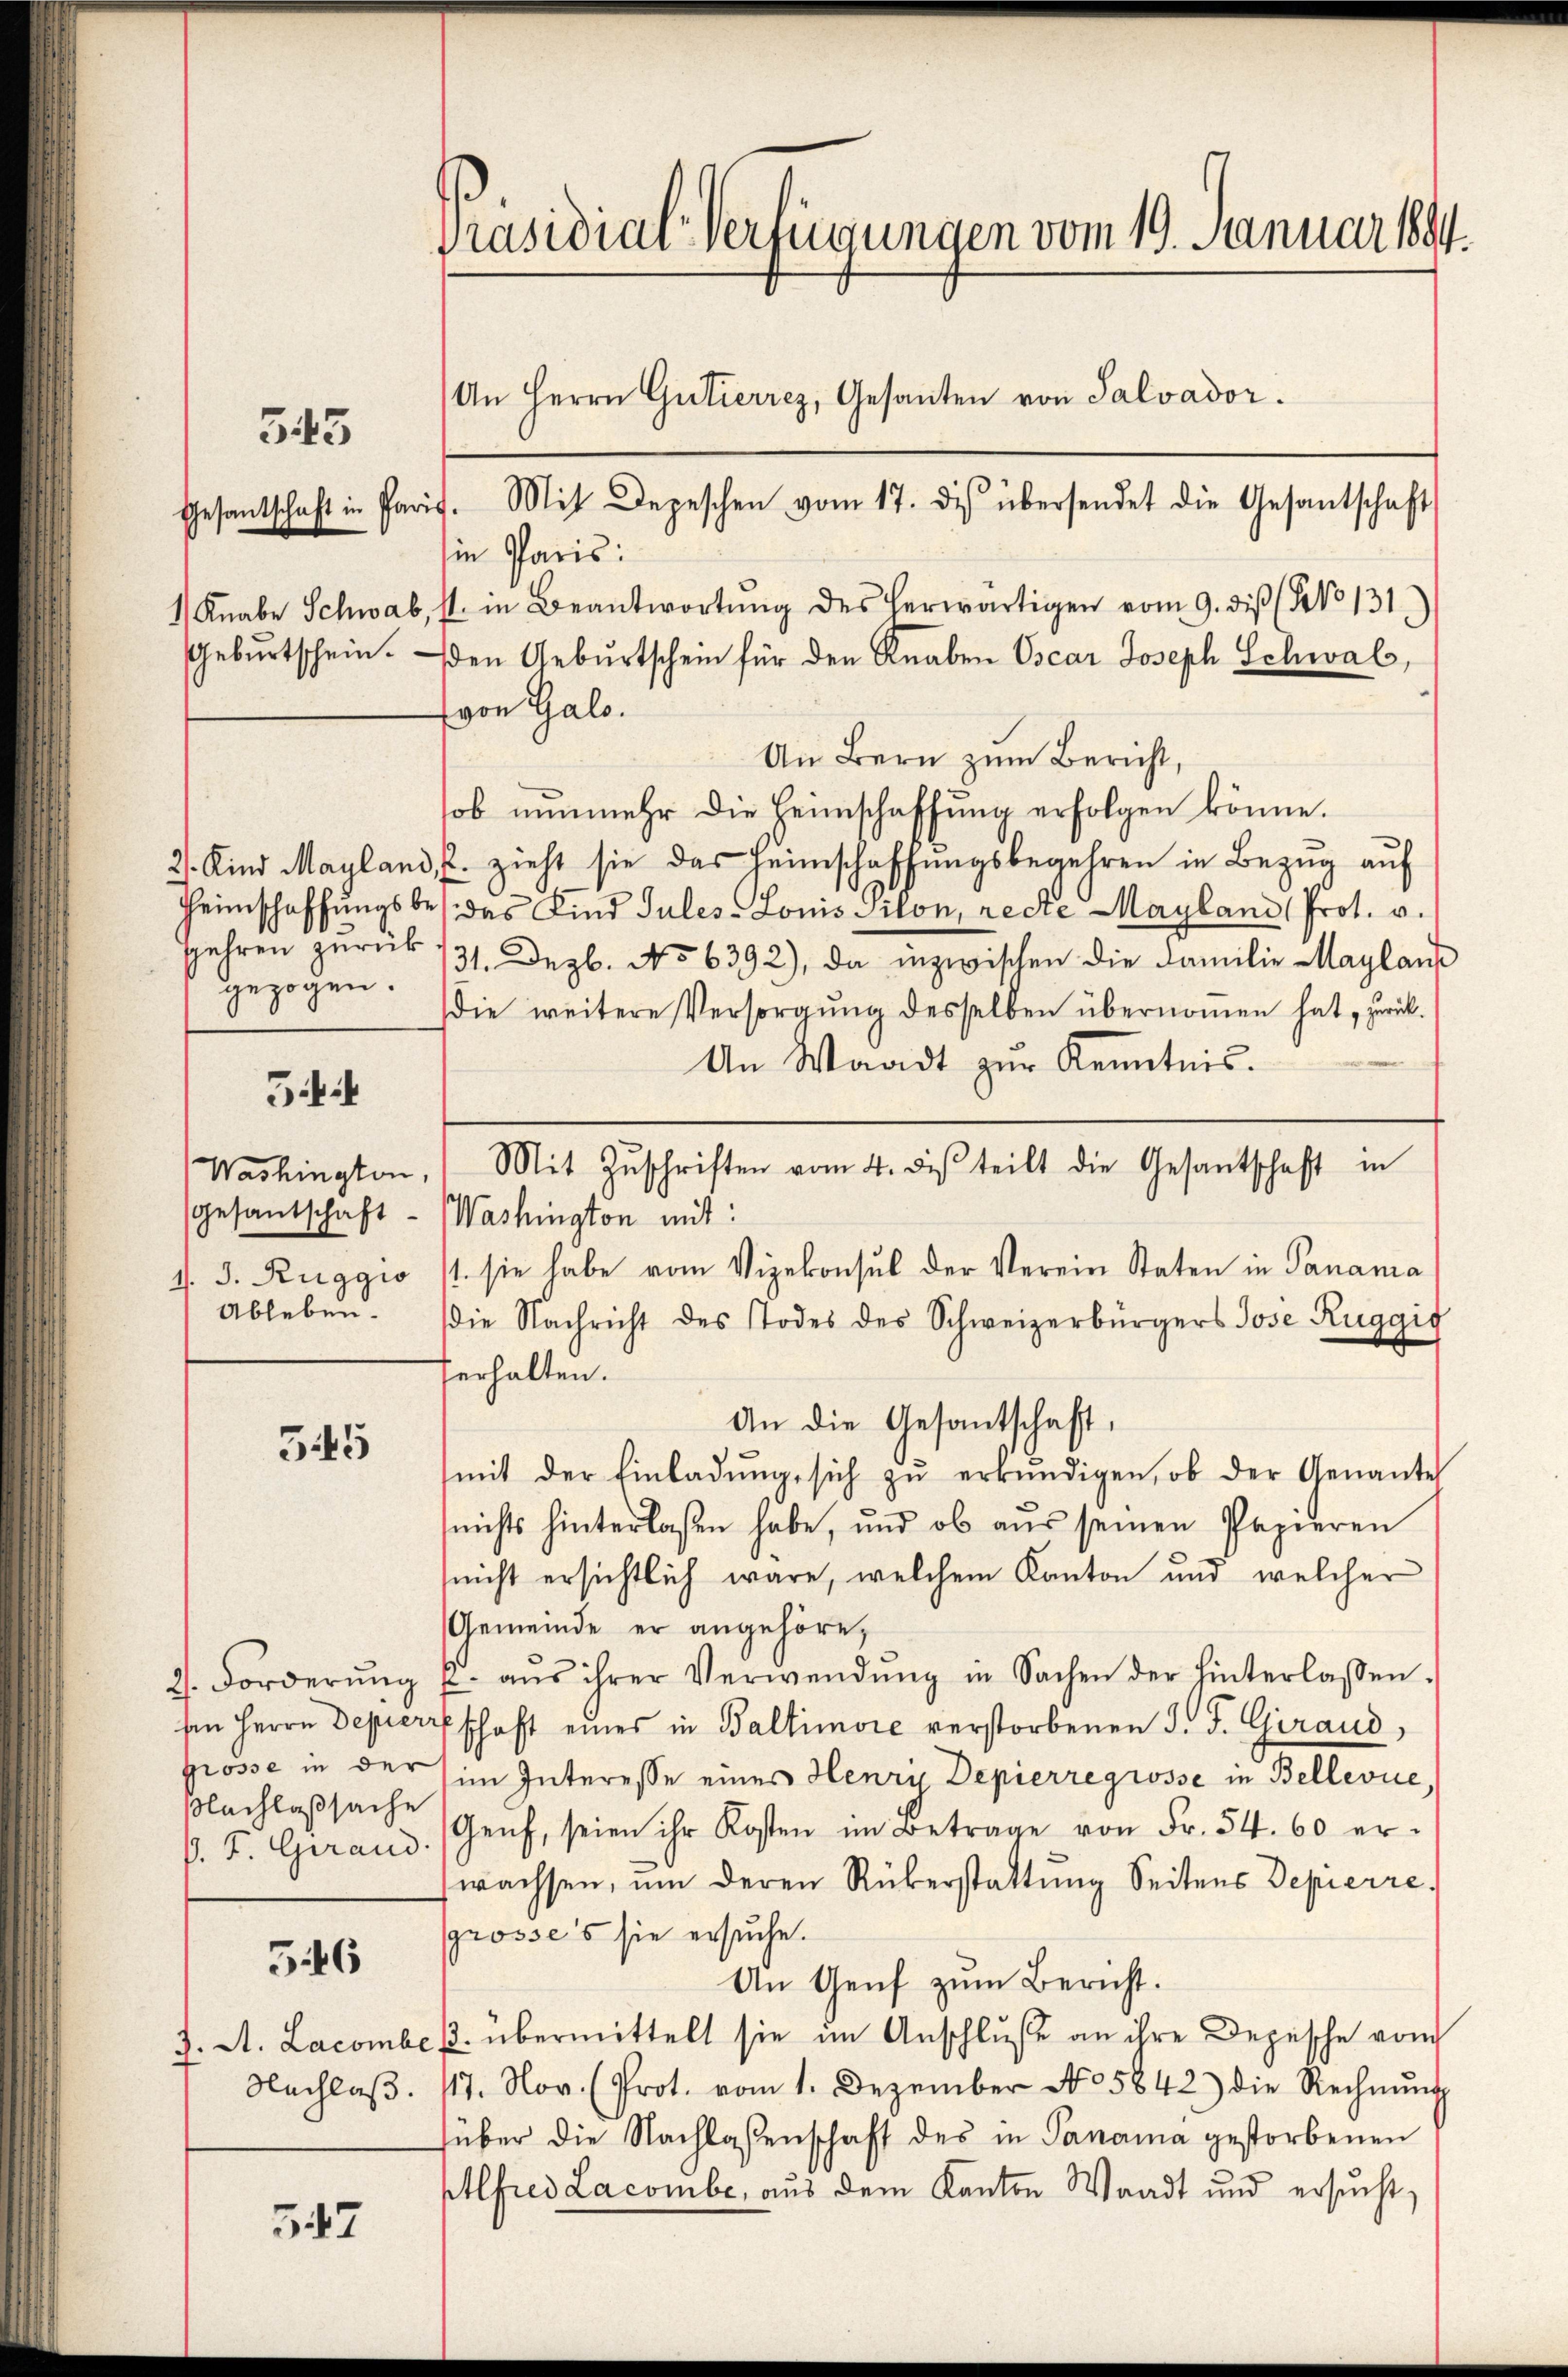
543

gezogen.

34

Ableben.

345

Nachlaßsache

546

547

in Paris:
1 Knabe Schwab, s. in Beantwortŭng des herwärtigen vom 9. die (No 131.)
Gebŭrtschein. den Gebŭrtschein für den Knaben Oscar Joseph Schwab,
von Galo.
An Bern zum Bericht,
sob nunmehr die Heimschaffung erfolgen könne.
2. Kind Mayland, u. zieht sie das Heimschaffŭngsbegehren in Bezug auf
Heimschaffŭngsbes. das Kind Sules-Lonis siton, recte Mayland Prot. v.
Jahren zurük 131. Dezb. No 6392), da inzwischen die Familie Maylans
die weitere Versorgung desselben übernommen hat, zurück¬
An Waadt zur Kenntnis.
Washington, Mit Zŭschriften vom 4. des teilt die Gesantschaft in
Gesantschaft - Washington mit:
J. J. Ruggio (1. sie habe vom Vizekonsul der Verein Staten in Panana
die Nachricht des Todes des Schweizerbürgers Jose Ruggis
ferhalten.
An die Gesantschaft,
(mit der Einladŭng sich zŭ erkŭndigen, ob der Genannte
nichts hinterlaßen habe, und ob aus seinen Papieren
(nicht ersichtlich wäre, welchem Kanton und welcher
Gemeinde er angehöre,
2. Forderŭng u. aŭs ihrer Verwendŭng in Sachen der hinterlassen.
sen Herrn Depierschaft eines in Baltimore verstorbenen J. J. Giraud,
Grosse in der im Interesse eines Henry Depierregrosse in Bellevue,
P. F. Geraus. (Genf, seien ihr Kosten im Betrage von Fr. 54. 60 er-
wachsen, ŭm deren Rükerstattung Seitens Depierre
Ggrosses sie ersuche.
An Genf zum Bericht.
J. A. Lacombek. übermittelt sie im Anschluße an ihre Depesche vom
Nachlaβ. 117. Nov. (Prot. vom 1. Dezember No. 5842) die Rechnŭng
süber die Nachlassenschaft des in Panama gestorbenen
Alfred Lacombe, aus dem Kanton Waadt und ersucht,

Präsidial-Verfügungen vom 19. Januar 1894.

An Herrn Gutierrez, Gesanten von Salvador.
Gesantschaft in Paris. Mit Depeschen vom 17. des übersendet die Gesantschaft